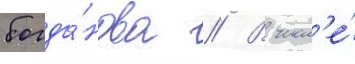
богда́нова // В числ'е́